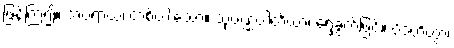
ဖြန့်ကြဲ၍။ အပရာယ၊ တစ်ပါးသော။ သုဝဏ္ဏပါတိယာ၊ ရွှေခွက်ဖြင့်။ ပိဒဟိတွာ၊